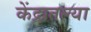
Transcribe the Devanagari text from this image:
केंद्रातल्या